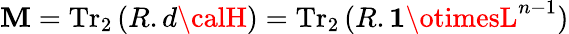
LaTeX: \mathbf{M}=\mathrm{{Tr}}_{2}\, (R.d{\calH})=\mathrm{{Tr}}_{2}\, (R.{\mathbf{1}}\otimesL^{n-1})